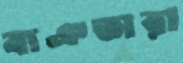
বাঐতারা